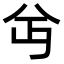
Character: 𫤫